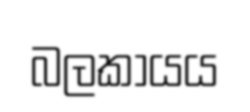
බලකායය